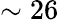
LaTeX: \sim 26